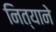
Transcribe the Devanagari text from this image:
नित्याने